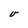
Character: v